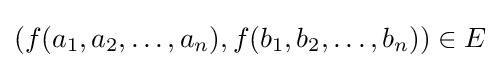
(f(a_{1},a_{2},\ldots ,a_{n}),f(b_{1},b_{2},\ldots ,b_{n}))\in E